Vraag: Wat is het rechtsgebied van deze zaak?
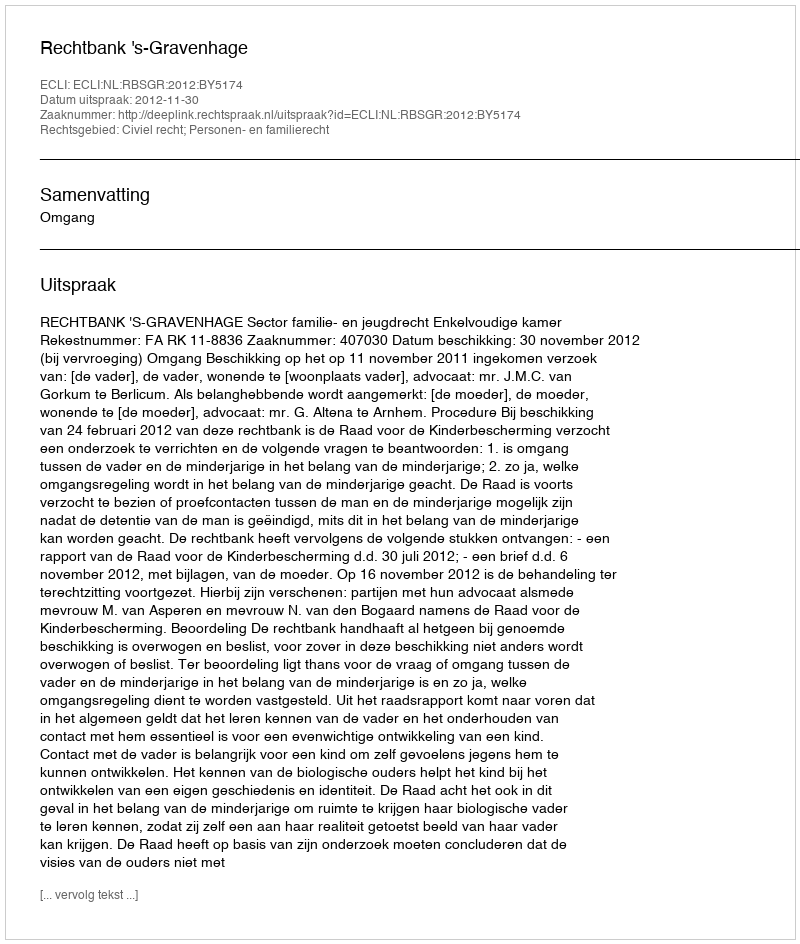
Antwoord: Civiel recht; Personen- en familierecht